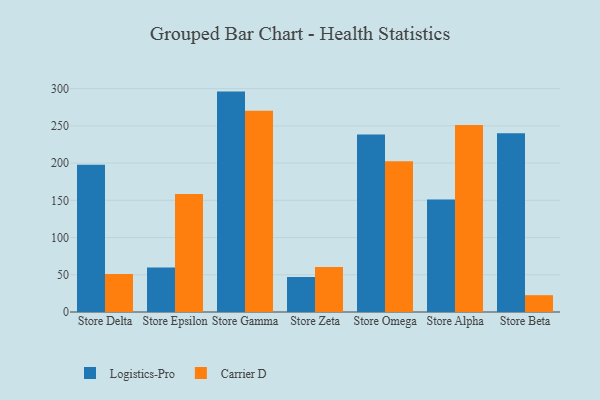
{"axis": {"x": "Store", "y": "Active Users"}, "legend": ["Carrier D", "Logistics-Pro"], "data": [{"x": "Store Delta", "y": 197.7, "type": "Logistics-Pro"}, {"x": "Store Delta", "y": 51.2, "type": "Carrier D"}, {"x": "Store Epsilon", "y": 59.6, "type": "Logistics-Pro"}, {"x": "Store Epsilon", "y": 158.5, "type": "Carrier D"}, {"x": "Store Gamma", "y": 296.0, "type": "Logistics-Pro"}, {"x": "Store Gamma", "y": 270.4, "type": "Carrier D"}, {"x": "Store Zeta", "y": 47.0, "type": "Logistics-Pro"}, {"x": "Store Zeta", "y": 60.5, "type": "Carrier D"}, {"x": "Store Omega", "y": 238.4, "type": "Logistics-Pro"}, {"x": "Store Omega", "y": 202.5, "type": "Carrier D"}, {"x": "Store Alpha", "y": 151.0, "type": "Logistics-Pro"}, {"x": "Store Alpha", "y": 251.0, "type": "Carrier D"}, {"x": "Store Beta", "y": 239.9, "type": "Logistics-Pro"}, {"x": "Store Beta", "y": 22.6, "type": "Carrier D"}]}